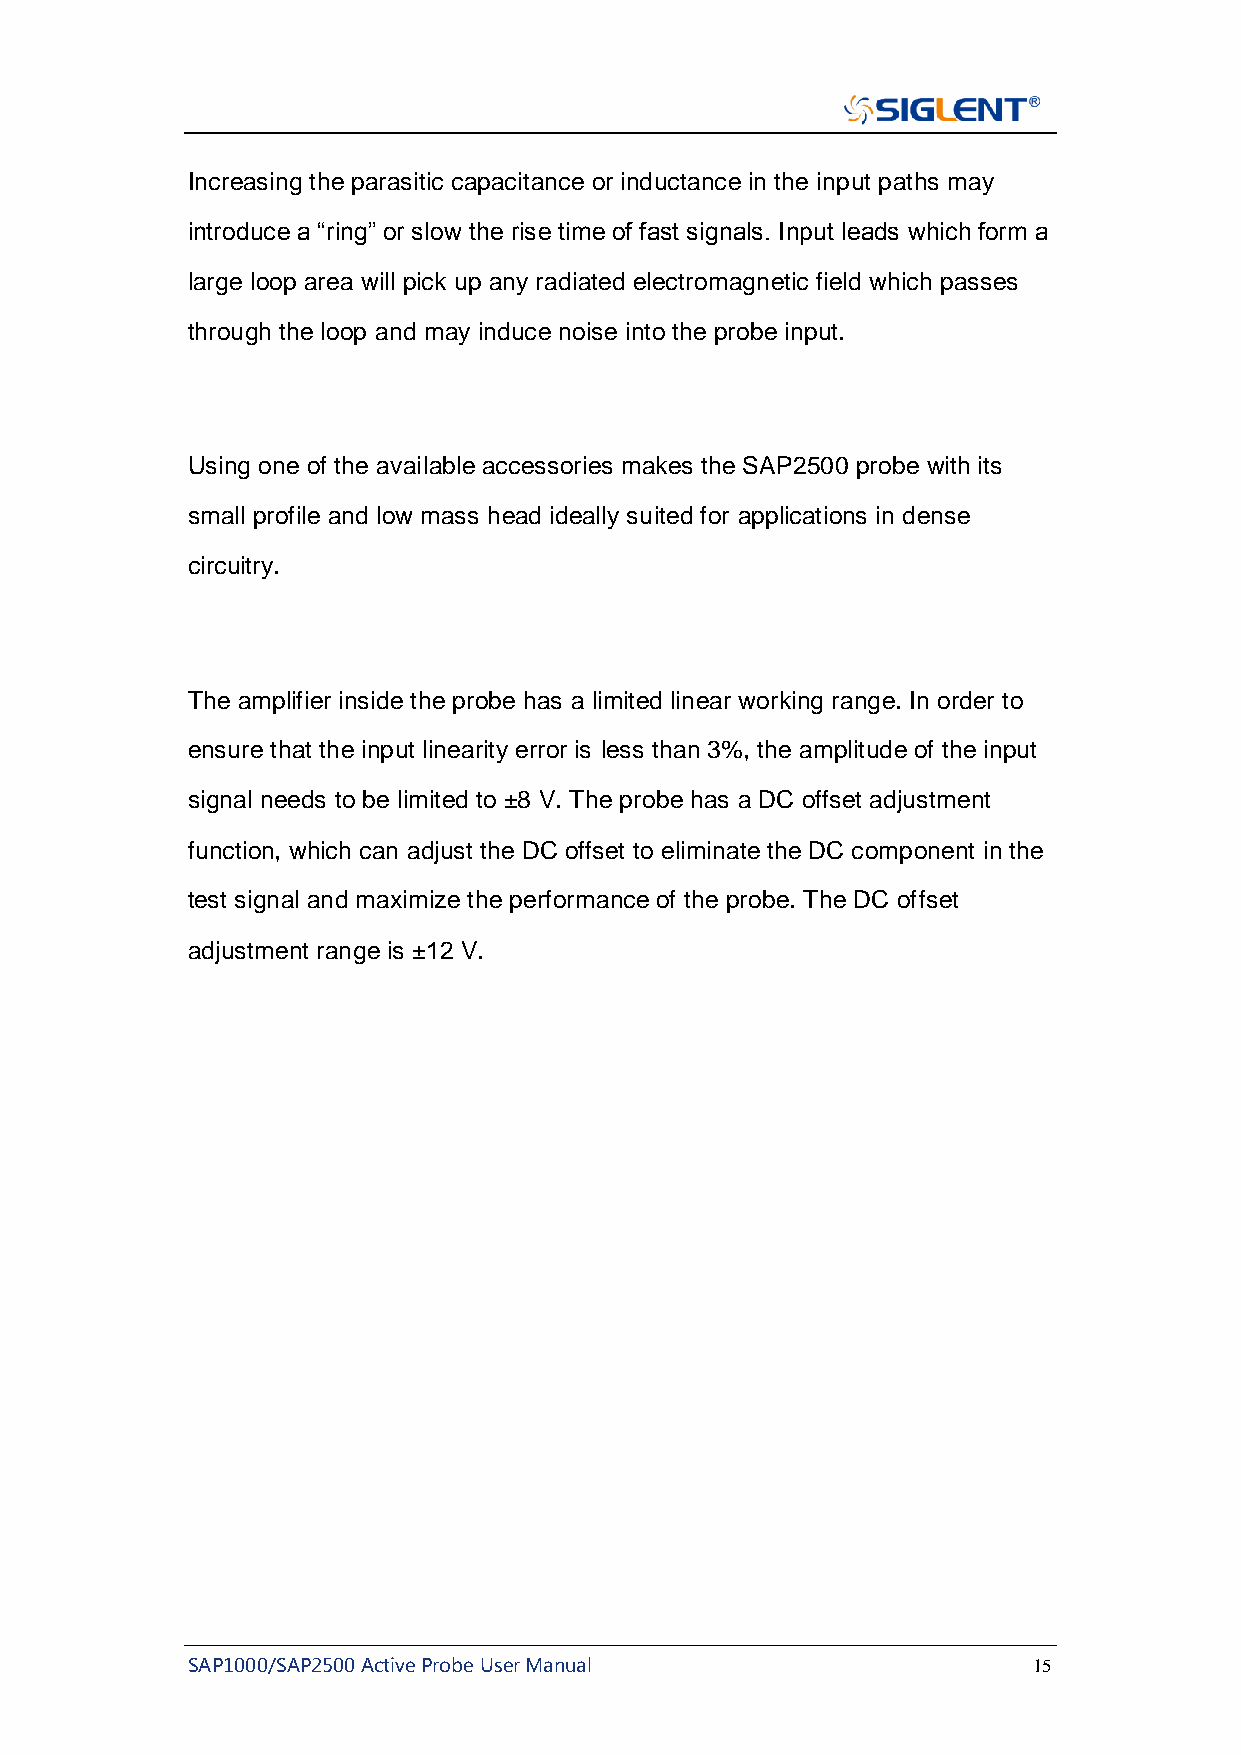
Increasing the parasitic capacitance or inductance in the input paths may
 introduce a “ring” or slow the rise time of fast signals. Input leads which form a
 large loop area will pick up any radiated electromagnetic field which passes
 through the loop and may induce noise into the probe input.
 Using one of the available accessories makes the SAP2500 probe with its
 small profile and low mass head ideally suited for applications in dense
 circuitry.
 The amplifier inside the probe has a limited linear working range. In order to
 ensure that the input linearity error is less than 3%, the amplitude of the input
 signal needs to be limited to ±8 V. The probe has a DC offset adjustment
 function, which can adjust the DC offset to eliminate the DC component in the
 test signal and maximize the performance of the probe. The DC offset
 adjustment range is ±12 V.
 SAP1000/SAP2500 Active Probe User Manual                15